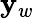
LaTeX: \mathbf{y}_{w}